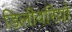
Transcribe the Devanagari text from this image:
डिलीवरियों